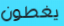
يغطون